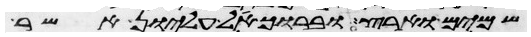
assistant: שמים וארץ וברוך אל עליון אשר